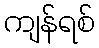
ကျန်ရစ်